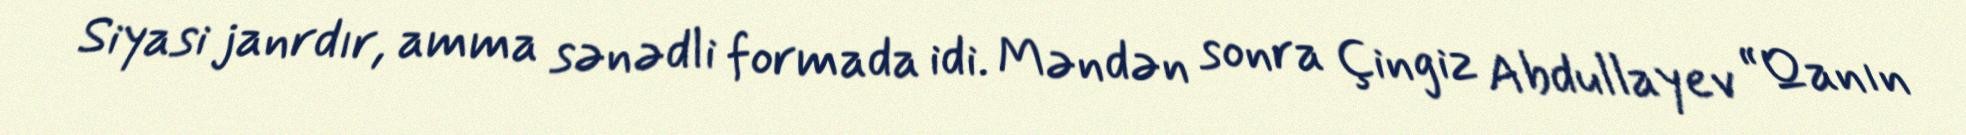
Siyasi janrdır, amma sənədli formada idi. Məndən sonra Çingiz Abdullayev “Qanın